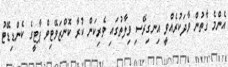
އެންމެ ގާތުން ވާދަކުރެއްވީ އިނގިރޭސި ވިލާތުގައި ވެރިކަން ކުރާ ކޮންޒަވޭޓިވް ޕާޓީގެ ކެންޑިޑޭޓު